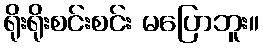
ရိုးရိုးစင်းစင်း မပြောဘူး။